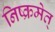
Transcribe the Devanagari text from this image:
निष्क्रमेत्